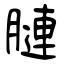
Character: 𦟪